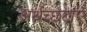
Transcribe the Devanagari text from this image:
अर्थच्छटाएँ